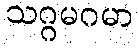
သဂ္ဂမဂမာ